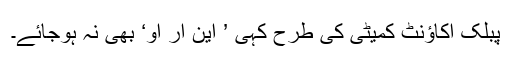
پبلک اکاؤنٹ کمیٹی کی طرح کہی ’ این آر او‘ بھی نہ ہوجائے۔